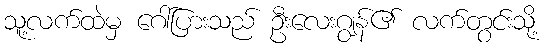
သူ့လက်ထဲမှ ဂေါ်ပြားသည် ဦးလေးဂျွန်၏ လက်တွင်းသို့